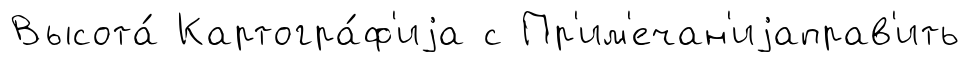
Высота́ Картогра́ф'иjа с Пр'им'ечан'иjаправ'ить